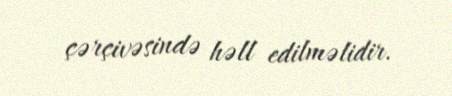
çərçivəsində həll edilməlidir.